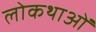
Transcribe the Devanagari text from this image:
लोकथाओं